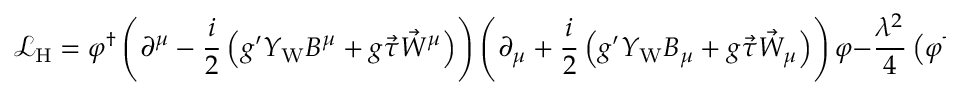
{ \mathcal { L } } _ { \mathrm { H } } = \varphi ^ { \dagger } \left( \partial ^ { \mu } - { \frac { i } { 2 } } \left( g ^ { \prime } Y _ { \mathrm { W } } B ^ { \mu } + g { \vec { \tau } } { \vec { W } } ^ { \mu } \right) \right) \left( \partial _ { \mu } + { \frac { i } { 2 } } \left( g ^ { \prime } Y _ { \mathrm { W } } B _ { \mu } + g { \vec { \tau } } { \vec { W } } _ { \mu } \right) \right) \varphi - { \frac { \lambda ^ { 2 } } { 4 } } \left( \varphi ^ { \dagger } \varphi - v ^ { 2 } \right) ^ { 2 } ,